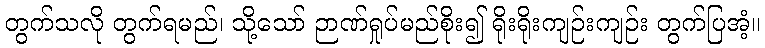
တွက်သလို တွက်ရမည်၊ သို့သော် ဉာဏ်ရှုပ်မည်စိုး၍ ရိုးရိုးကျဉ်းကျဉ်း တွက်ပြအံ့။